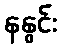
နနွင်း